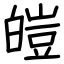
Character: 皚